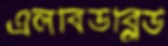
এলবিডব্লিউ